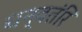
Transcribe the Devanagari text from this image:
धन्वतंरि